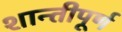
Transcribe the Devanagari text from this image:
शान्तीपूर्ण